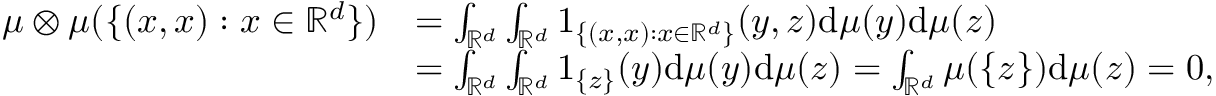
\begin{array} { r l } { \mu \otimes \mu ( \{ ( x , x ) : x \in \mathbb { R } ^ { d } \} ) } & { = \int _ { \mathbb { R } ^ { d } } \int _ { \mathbb { R } ^ { d } } 1 _ { \{ ( x , x ) : x \in \mathbb { R } ^ { d } \} } ( y , z ) \mathrm { d } \mu ( y ) \mathrm { d } \mu ( z ) } \\ & { = \int _ { \mathbb { R } ^ { d } } \int _ { \mathbb { R } ^ { d } } 1 _ { \{ z \} } ( y ) \mathrm { d } \mu ( y ) \mathrm { d } \mu ( z ) = \int _ { \mathbb { R } ^ { d } } \mu ( \{ z \} ) \mathrm { d } \mu ( z ) = 0 , } \end{array}